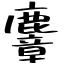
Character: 麞